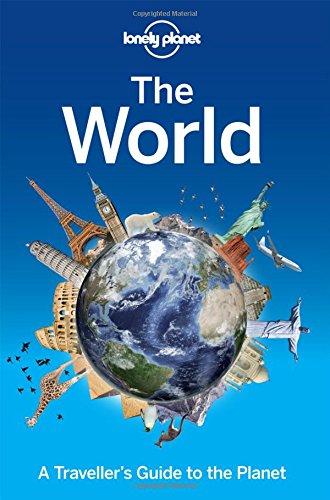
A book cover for Lonely Planet The World: A Traveller's Guide to the Planet; Lonely Planet; Travel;